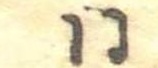
同